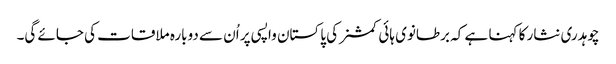
چوہدری نثار کا کہنا ہے کہ برطانوی ہائی کمشنر کی پاکستان واپسی پر اُن سے دوبارہ ملاقات کی جائے گی۔